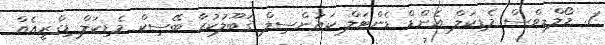
1. މޯލްޑިވްސް މެޑިކަލް އެންޑް ޑެންޓަލް ކައުންސިލް ޤަބޫލުކުރާ ބޭސިކް މެޑިކަލް ޑިގްރީއެއް